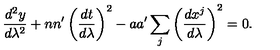
{ \frac { d ^ { 2 } y } { d \lambda ^ { 2 } } } + n n ^ { \prime } \left( { \frac { d t } { d \lambda } } \right) ^ { 2 } - a a ^ { \prime } \sum _ { j } \left( { \frac { d x ^ { j } } { d \lambda } } \right) ^ { 2 } = 0 .